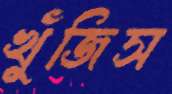
খুঁজিস